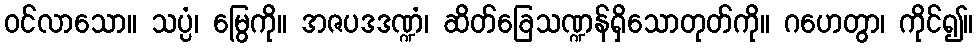
ဝင်လာသော။ သပ္ပံ၊ မြွေကို။ အဇပဒဒဏ္ဍံ၊ ဆိတ်ခြေသဏ္ဍန်ရှိသောတုတ်ကို။ ဂဟေတွာ၊ ကိုင်၍။